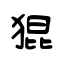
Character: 猑